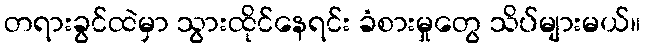
တရားခွင်ထဲမှာ သွားထိုင်နေရင်း ခံစားမှုတွေ သိပ်များမယ်။